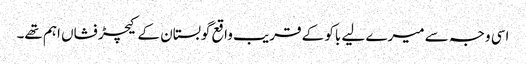
اسی وجہ سے میرے لیے باکو کے قریب واقع گوبستان کے کیچڑ فشاں اہم تھے۔